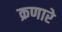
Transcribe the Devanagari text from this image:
क्रणारे